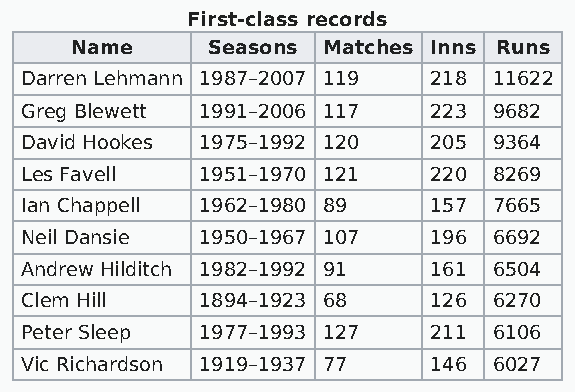
First-class records
 Name     Seasons Matches Inns Runs
 Darren Lehmann 1987–2007 119 218 11622
 Greg Blewett 1991–2006 117 223  9682
 David Hookes 1975–1992 120 205  9364
 Les Favell  1951–1970 121  220  8269
 Ian Chappell 1962–1980 89  157  7665
 Neil Dansie 1950–1967 107  196  6692
 Andrew Hilditch 1982–1992 91 161 6504
 Clem Hill   1894–1923 68   126  6270
 Peter Sleep 1977–1993 127  211  6106
 Vic Richardson 1919–1937 77 146 6027